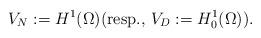
LaTeX: \begin{align*}V_N:=H^1(\Omega)\hbox{(resp., }V_D:=H^1_0(\Omega)\hbox{).} \end{align*}